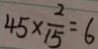
4 5 \times \frac { 2 } { 1 5 } = 6